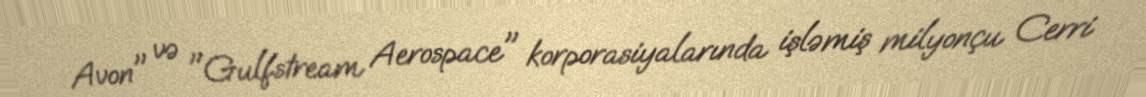
Avon" və "Gulfstream Aerospace" korporasiyalarında işləmiş milyonçu Cerri